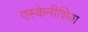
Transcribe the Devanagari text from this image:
एस्केनीशिया